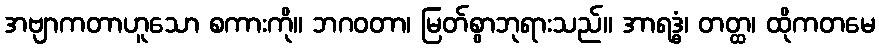
အဗျာကတာဟူသော စကားကို။ ဘဂဝတာ၊ မြတ်စွာဘုရားသည်။ အာရဒ္ဓံ၊ တတ္ထ၊ ထိုကတမေ